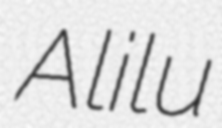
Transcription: Alilu